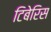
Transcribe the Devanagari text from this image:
टिबेरिस